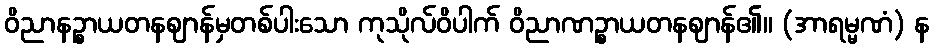
ဝိညာနဉ္စာယတနဈာန်မှတစ်ပါးသော ကုသိုလ်ဝိပါက် ဝိညာဏဉ္စာယတနဈာန်၏။ (အာရမ္မဏံ) န